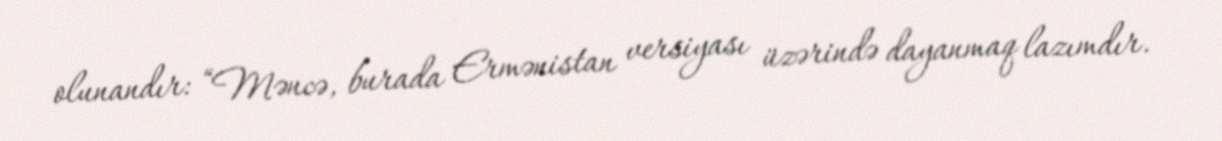
olunandır: “Məncə, burada Ermənistan versiyası üzərində dayanmaq lazımdır.